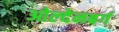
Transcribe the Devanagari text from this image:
ओल्देनबर्ग